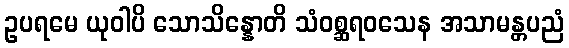
ဥပရမေ ယုဝါပိ သောသိန္နောတိ သံဝစ္ဆရဝသေန အသာမန္တပညံ